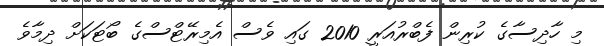
މި ހާދިސާގެ ކުރިން ފެބްރުއަރީ 2010 ގައި ވެސް އެމިރޭޓްސްގެ ބޯޓަކަށް ދިމާވެ